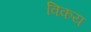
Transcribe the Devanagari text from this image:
विकय